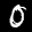
Label: 0